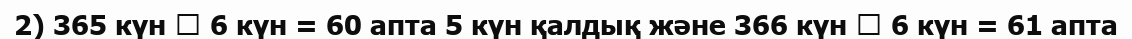
2) 365 күн  6 күн = 60 апта 5 күн қалдық және 366 күн  6 күн = 61 апта